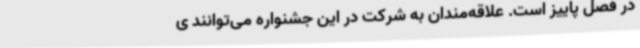
در فصل پاییز است. علاقه‌مندان به شرکت‌ در این جشنواره می‌توانند ی